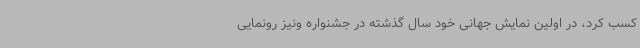
کسب کرد، در اولین نمایش جهانی خود سال گذشته در جشنواره ونیز رونمایی